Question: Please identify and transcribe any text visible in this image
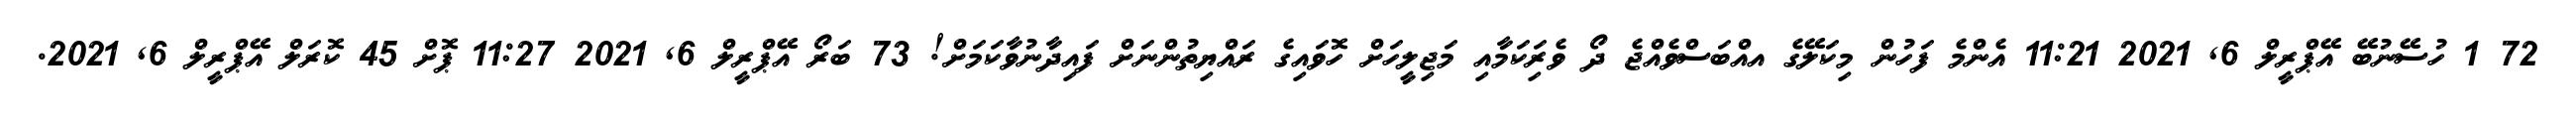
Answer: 72 1 ހުސޭނުބޭ އޭޕްރީލް 6, 2021 11:21 އެންމެ ފަހުން މިކަލޭގެ އއްބަސްވެއްޖެ ދޯ ވެރިަކަމާއި މަޖިލީހަށް ހޮވައިގެ ރައްޔިތުންނަށް ފައިދާނުވާކަމަށް! 73 ބަރޯ އޭޕްރީލް 6, 2021 11:27 ޕޮށް 45 ކޮރަލް އޭޕްރީލް 6, 2021.